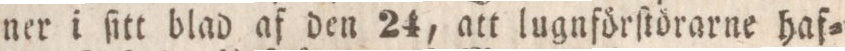
ner i ſitt blad af den 24, att lugnförſtörarne haf=